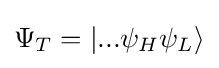
\Psi _{T}=|...\psi _{H}\psi _{L}\rangle